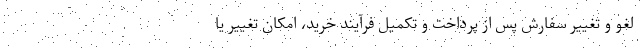
لغو و تغییر سفارش پس از پرداخت و تکمیل فرآیند خرید، امکان تغییر یا